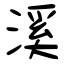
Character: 溪